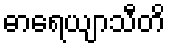
ဓာရေယျာသီတိ